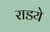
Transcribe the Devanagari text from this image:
राडये